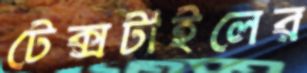
টেক্সটাইলের